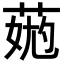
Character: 𦳹